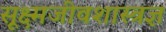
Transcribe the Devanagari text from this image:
सूक्ष्मजीवशास्त्रज्ञ